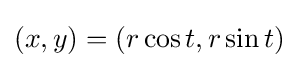
(x,y)=(r\cos t,r\sin t)